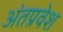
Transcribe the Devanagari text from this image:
अंतप्रवेश